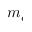
m _ { e }